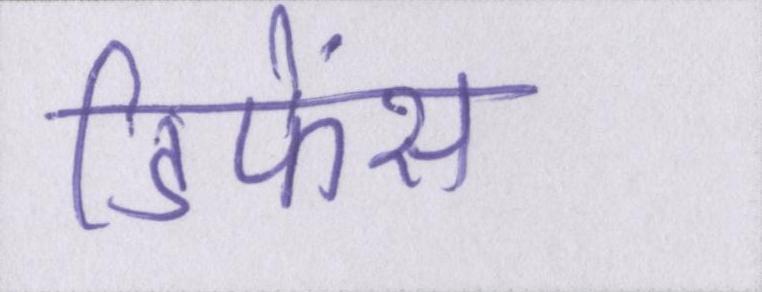
डिफेंस